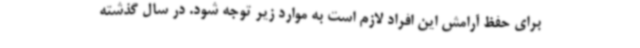
برای حفظ آرامش این افراد لازم است به موارد زیر توجه شود. در سال گذشته